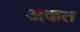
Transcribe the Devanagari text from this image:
अकत